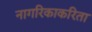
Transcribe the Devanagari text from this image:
नागरिकाकरिता